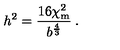
h ^ { 2 } = \frac { 1 6 \chi _ { \mathrm { m } } ^ { 2 } } { b ^ { \frac 4 3 } } \: .